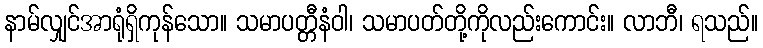
နာမ်လျှင်အာရုံရှိကုန်သော။ သမာပတ္တီနံဝါ၊ သမာပတ်တို့ကိုလည်းကောင်း။ လာဘီ၊ ရသည်။